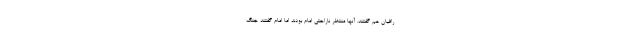
رافیان هم گفتند. آنها منتظر ناراحتی امام بودند اما امام گفتند جنگ